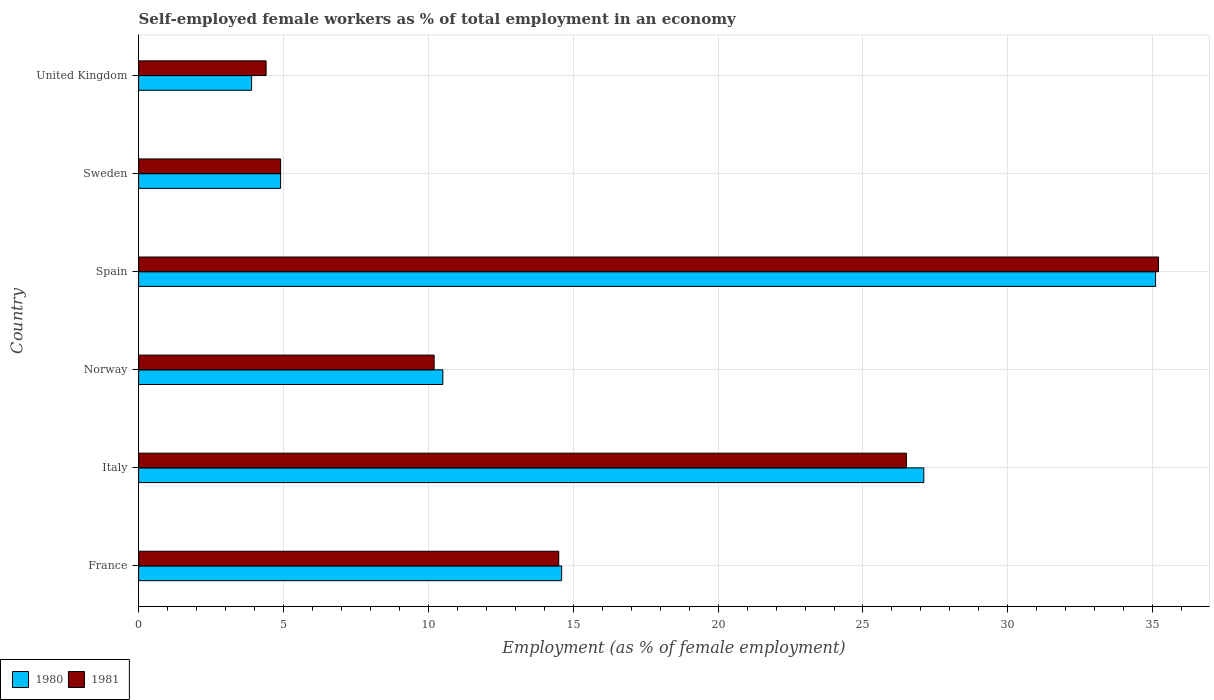
| Country | 1980 | 1981 |
 | --- | --- | --- |
 | France | 14.6 | 14.5 |
 | Italy | 27.1 | 26.5 |
 | Norway | 10.5 | 10.2 |
 | Spain | 35.1 | 35.2 |
 | Sweden | 4.9 | 4.9 |
 | United Kingdom | 3.9 | 4.4 |